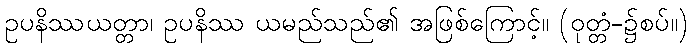
ဥပနိဿယတ္တာ၊ ဥပနိဿ ယမည်သည်၏ အဖြစ်ကြောင့်။ (ဝုတ္တံ-၌စပ်။)